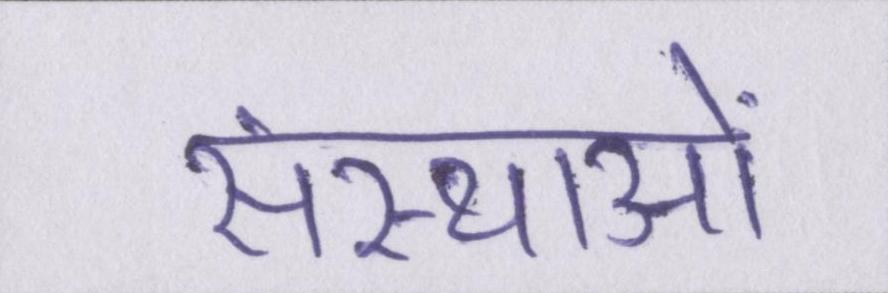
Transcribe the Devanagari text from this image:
संस्थाओं